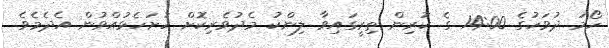
ހޯމަ ދުވަހުގެ 14:00 ގެ ކުރިން ތިރީގައިވާ ލިންކު މެދުވެރިކޮށް ހުށަހެޅުއްވުން އެދެމެވެ.